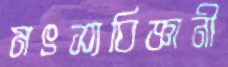
মৎস্যবিজ্ঞানী